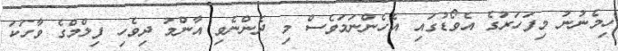
ހިމެނުނު މިފަހަރުގެ އެވޯޑުގައި އެހެންނަމަވެސް މި ދެންނެވި އާންމު ދިވެހި ފިލްމްގެ ވާހަކަ